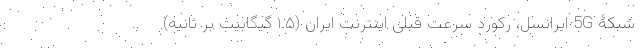
شبکۀ 5G ایرانسل، رکورد سرعت قبلی اینترنت ایران (۱.۵ گیگابیت بر ثانیه)